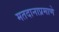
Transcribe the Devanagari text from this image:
मतदानाप्रमाणे